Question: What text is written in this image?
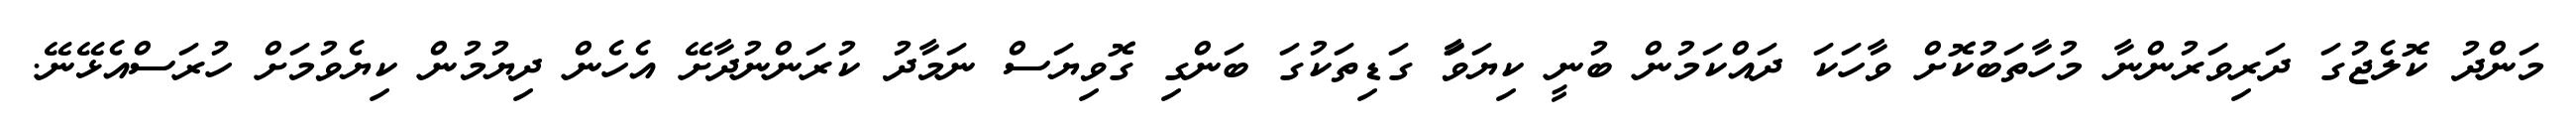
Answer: މަންދު ކޮލެޖުގަ ދަރިވަރުންނާ މުހާތަބުކޮށް ވާހަކަ ދައްކަމުން ބުނީ ކިޔަވަާ ގަޑިތަކުގަ ބަންގި ގޮވިޔަސް ނަމާދު ކުރަންނުދާށޭ އެހެން ދިޔުމުން ކިޔެވުމަށް ހުރަސްއެޅޭނޭ.